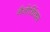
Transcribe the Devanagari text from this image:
नैनोथिंक्स